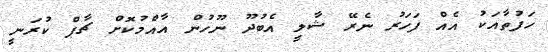
ހަފުތާއަކު އެއް ފަހަރު ނެރޭ ޝާލީ އެބުދޫ ނޫހުން އާއްމުކޮށް ޗާޕް ކުރަނީ